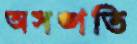
অসঙ্গতি